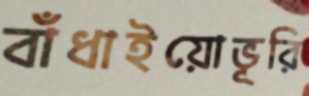
বাঁধাইয়োভূরি